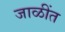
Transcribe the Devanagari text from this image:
जाळींत